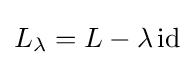
L_{\lambda }=L-\lambda \,\mathrm {id}